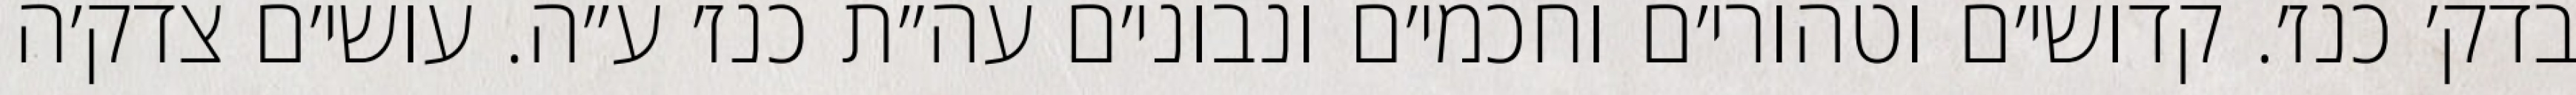
בדק׳ כנז׳. קדושי׳ם וטהורי׳ם וחכמי׳ם ונבוני׳ם עה״ת כנז׳ ע״ה. עושי׳ם צדק׳ה